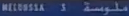
MELBOURNE